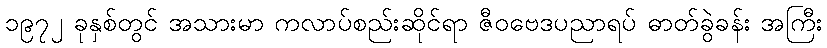
၁၉၇၂ ခုနှစ်တွင် အသားမာ ကလာပ်စည်းဆိုင်ရာ ဇီဝဗေဒပညာရပ် ဓာတ်ခွဲခန်း အကြီး